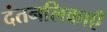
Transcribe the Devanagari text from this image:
दंतनलिकाएँ